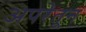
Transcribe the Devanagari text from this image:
अपरेतून